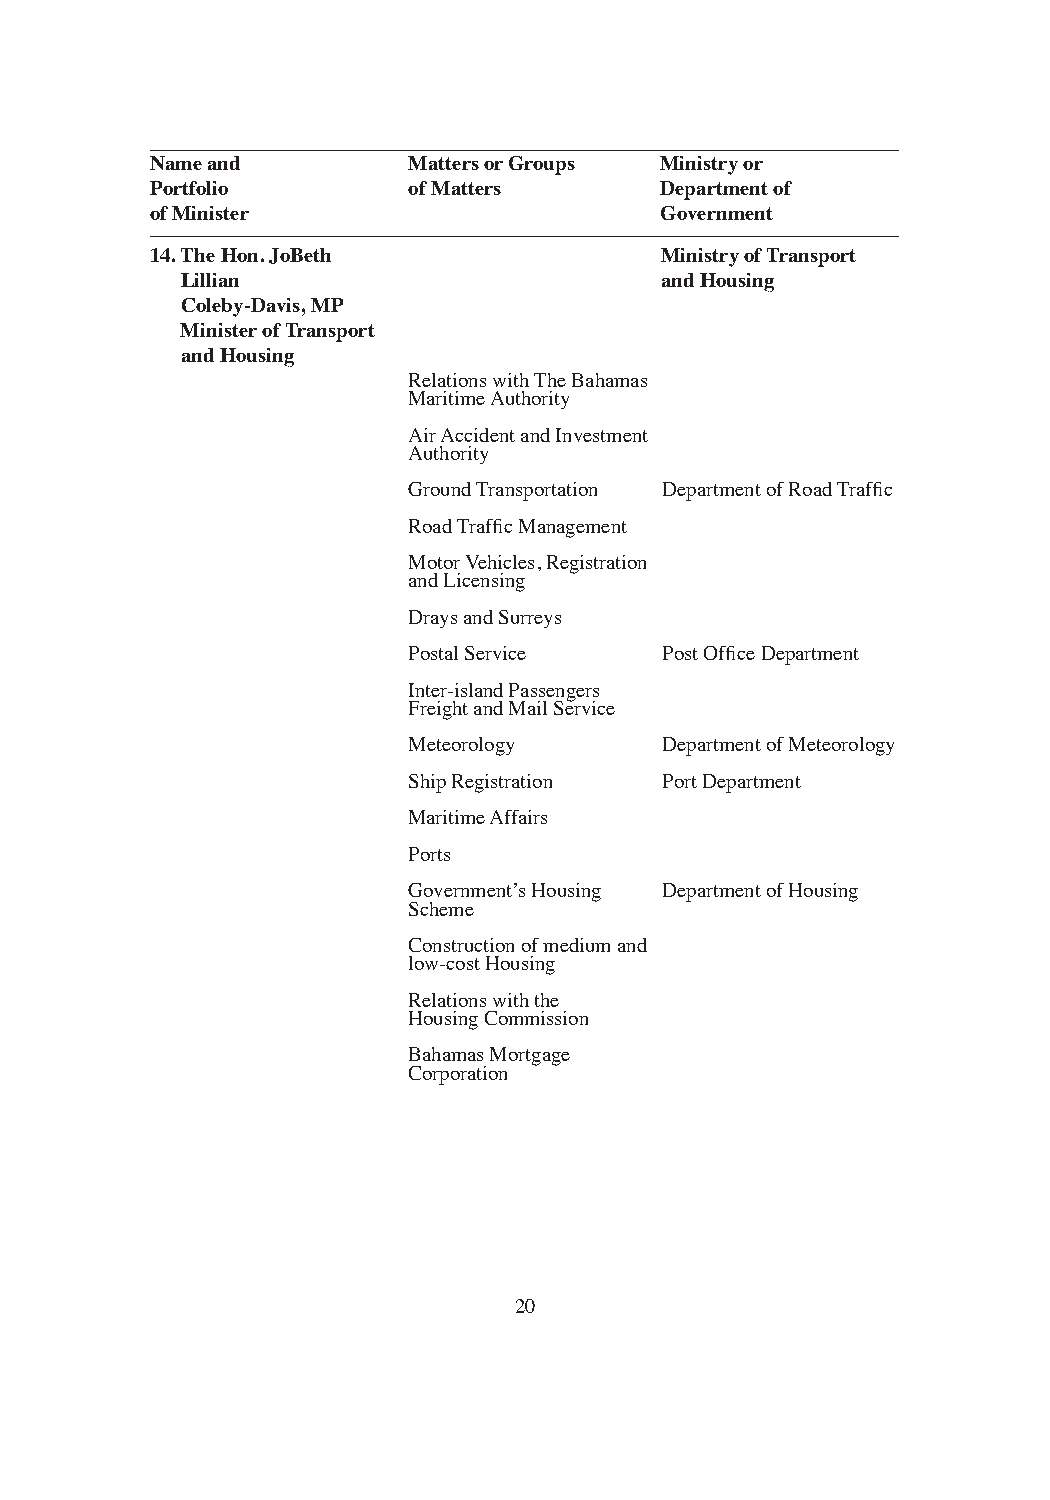
Name and         Matters or Groups Ministry or
 Portfolio        of Matters       Department of
 of Minister                       Government
 14. The Hon. JoBeth               Ministry of Transport
 Lillian                         and Housing
 Coleby-Davis, MP
 Minister of Transport
 and Housing
 Relations with The Bahamas
 Maritime Authority
 Air Accident and Investment
 Authority
 Ground Transportation Department of Road Traffic
 Road Traffic Management
 Motor Vehicles, Registration
 and Licensing
 Drays and Surreys
 Postal Service   Post Office Department
 Inter-island Passengers
 Freight and Mail Service
 Meteorology      Department of Meteorology
 Ship Registration Port Department
 Maritime Affairs
 Ports
 Government’s Housing Department of Housing
 Scheme
 Construction of medium and
 low-cost Housing
 Relations with the
 Housing Commission
 Bahamas Mortgage
 Corporation
 20